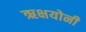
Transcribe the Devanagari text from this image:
ऋक्षयोनी